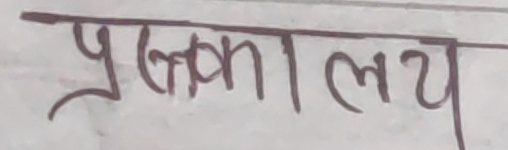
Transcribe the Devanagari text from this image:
पुस्तकालय